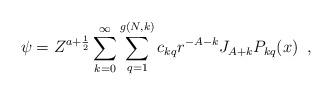
LaTeX: \begin{align*}\psi = Z^{a+\frac {1}{2}} \sum_{k=0}^{\infty} \sum_{q=1}^{g(N,k)} c_{kq} r^{- A - k} J_{A + k} P_{k q}(x)\,\,\,,\end{align*}